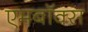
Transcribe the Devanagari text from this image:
एमबॉक्स